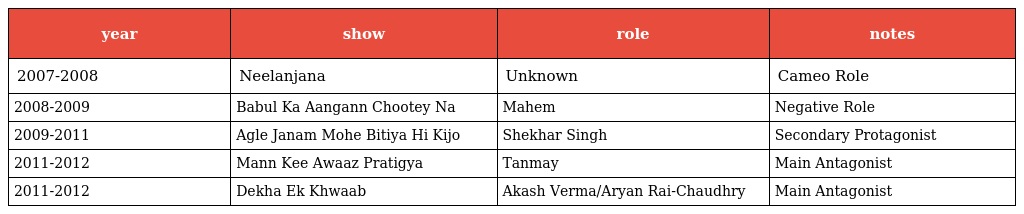
| year | show | role | notes |
 | --- | --- | --- | --- |
 | 2007-2008 | Neelanjana | Unknown | Cameo Role |
 | 2008-2009 | Babul Ka Aangann Chootey Na | Mahem | Negative Role |
 | 2009-2011 | Agle Janam Mohe Bitiya Hi Kijo | Shekhar Singh | Secondary Protagonist |
 | 2011-2012 | Mann Kee Awaaz Pratigya | Tanmay | Main Antagonist |
 | 2011-2012 | Dekha Ek Khwaab | Akash Verma/Aryan Rai-Chaudhry | Main Antagonist |